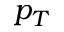
p _ { T }